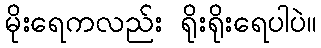
မိုးရေကလည်း ရိုးရိုးရေပါပဲ။